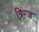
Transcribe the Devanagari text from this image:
ब्रिंग्ज